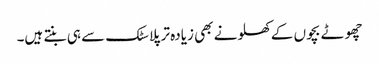
چھوٹے بچوں کے کھلونے بھی زیادہ تر پلاسٹک سے ہی بنتے ہیں۔